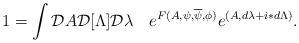
LaTeX: \begin{align*}1=\int {\cal D}A {\cal D}[\Lambda]{\cal D}\lambda\quad e^{F(A,\psi,\overline\psi,\phi)}e^{(A,d\lambda+i\ast d\Lambda)}.\end{align*}